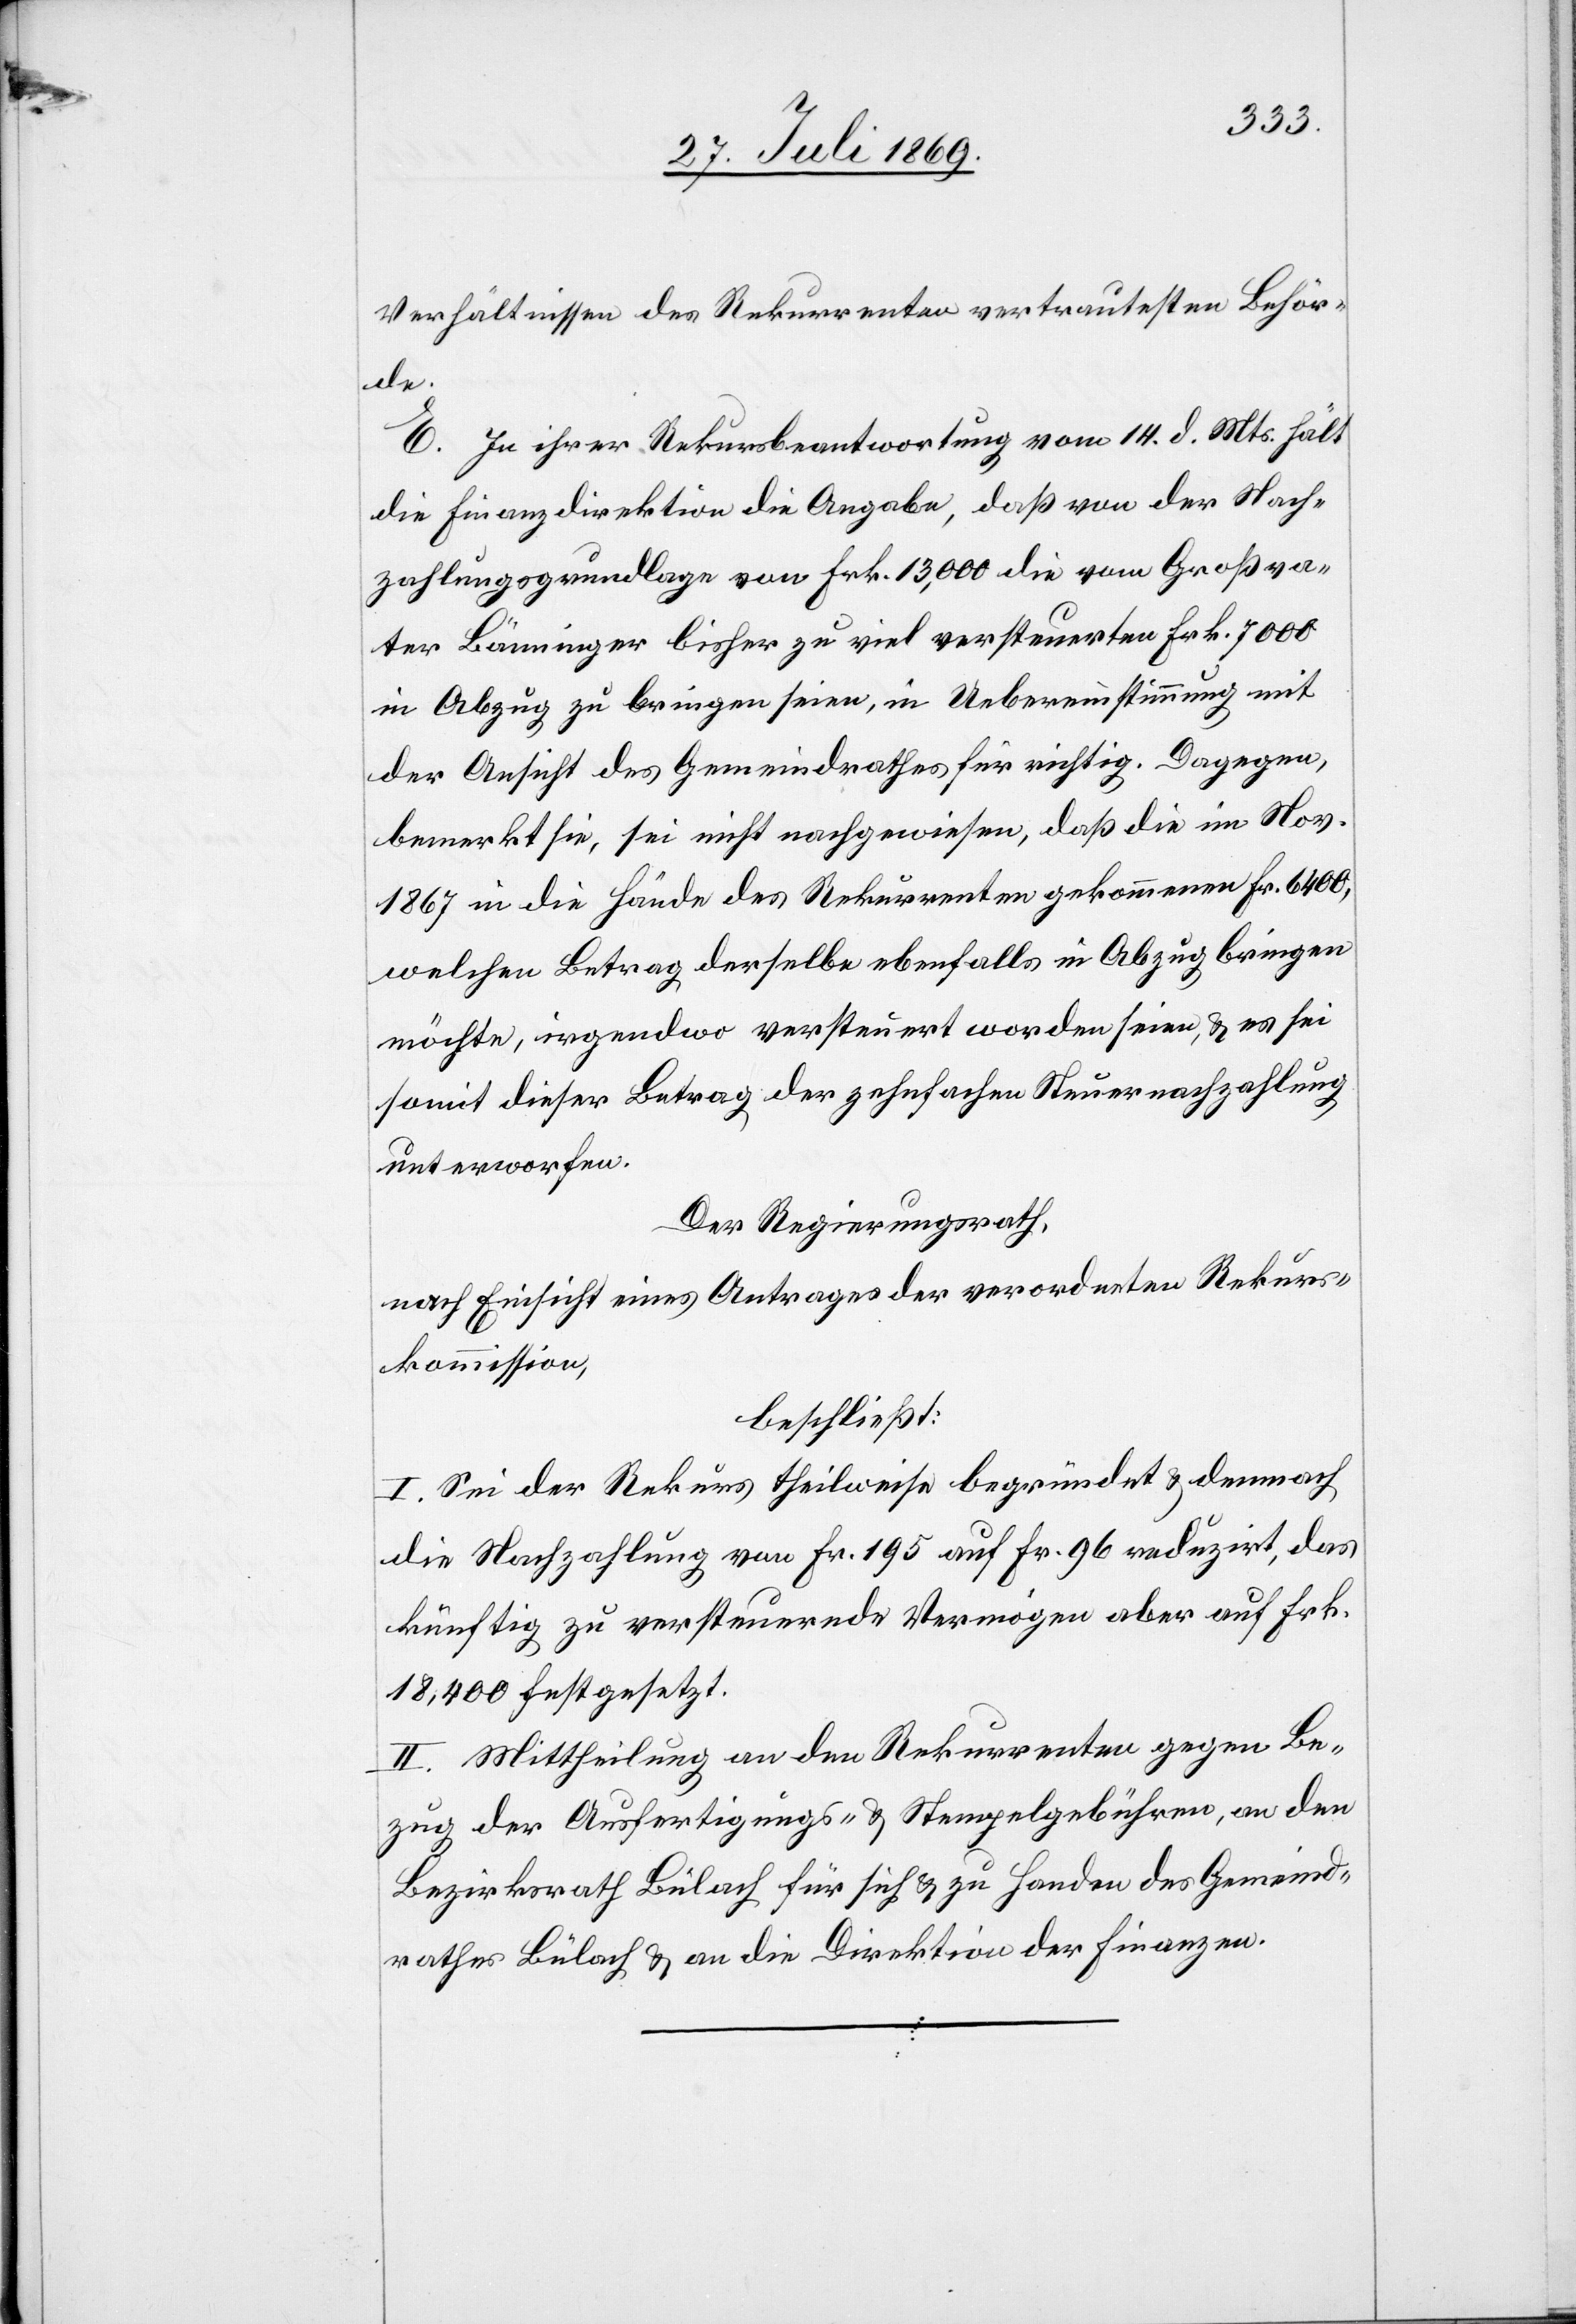
Verhältnissen des Rekurrenten vertrautesten Behör¬
de.
E. In ihrer Rekursbeantwortung vom 14. d. Mts. hält
die Finanzdirektion die Angabe, daß von der Nach¬
zahlungsgrundlage von Frk. 13,000 die vom Großva¬
ter Bänninger bisher zu viel versteuerten Frk. 7000
in Abzug zu bringen seien, in Uebereinstimmung mit
der Ansicht des Gemeindrathes für richtig. Dagegen,
bemerkt sie, sei nicht nachgewiesen, daß die im Nov.
1867 in die Hände des Rekurrenten gekommenen Fr. 6400,
welchen Betrag derselbe ebenfalls in Abzug bringen
möchte, irgendwo versteuert worden seien, u. es sei
somit dieser Betrag der zehnfachen Steuernachzahlung
unterworfen.
Der Regierungsrath,
nach Einsicht eines Antrages der verordneten Rekurs¬
kommission,
beschließt:
I. Sei der Rekurs theilweise begründet, u. demnach
die Nachzahlung von Fr. 195 auf Fr. 96 reduzirt, das
künftig zu versteuernde Vermögen aber auf Frk.
18,400 festgesetzt.
II. Mittheilung an den Rekurrenten gegen Be¬
zug der Ausfertigungs- u. Stempelgebühren, an den
Bezirksrath Bülach für sich u. zu Handen des Gemeind¬
rathes Bülach u. an die Direktion der Finanzen.